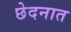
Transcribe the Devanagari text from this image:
छेदनात